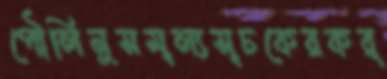
পৌলিনুসমূল্যসূচকেরকর্